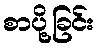
စာပို့ခြင်း